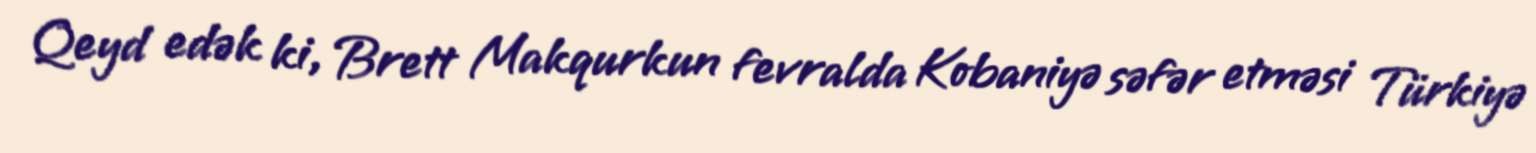
Qeyd edək ki, Brett Makqurkun fevralda Kobaniyə səfər etməsi Türkiyə